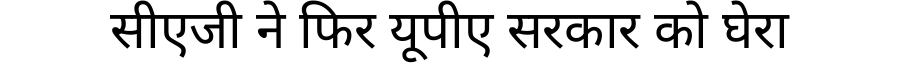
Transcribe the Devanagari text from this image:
सीएजी ने फिर यूपीए सरकार को घेरा